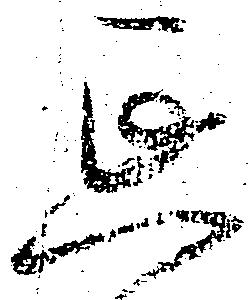
延